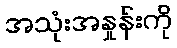
အသုံးအနှုန်းကို